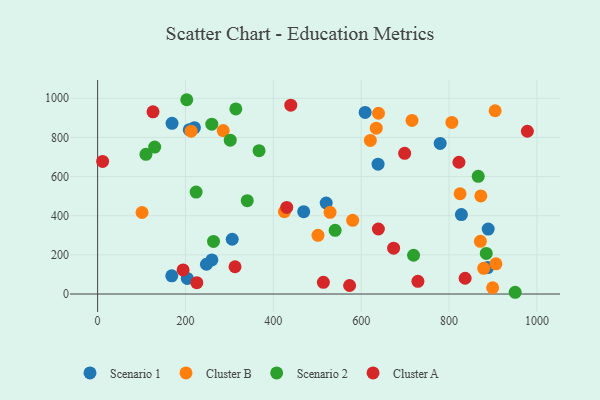
{"axis": {"x": "Experience", "y": "Profit"}, "legend": ["Cluster A", "Cluster B", "Scenario 1", "Scenario 2"], "data": [{"x": "469.1", "y": 420.8, "type": "Scenario 1"}, {"x": "168.8", "y": 92.7, "type": "Scenario 1"}, {"x": "204.1", "y": 79.9, "type": "Scenario 1"}, {"x": "220.4", "y": 849.7, "type": "Scenario 1"}, {"x": "260.1", "y": 174.2, "type": "Scenario 1"}, {"x": "306.4", "y": 279.8, "type": "Scenario 1"}, {"x": "208.6", "y": 839.3, "type": "Scenario 1"}, {"x": "889.1", "y": 332.0, "type": "Scenario 1"}, {"x": "887.8", "y": 135.3, "type": "Scenario 1"}, {"x": "828.1", "y": 405.8, "type": "Scenario 1"}, {"x": "779.8", "y": 769.3, "type": "Scenario 1"}, {"x": "520.3", "y": 465.0, "type": "Scenario 1"}, {"x": "609.0", "y": 927.7, "type": "Scenario 1"}, {"x": "169.4", "y": 872.0, "type": "Scenario 1"}, {"x": "638.4", "y": 663.4, "type": "Scenario 1"}, {"x": "247.7", "y": 152.0, "type": "Scenario 1"}, {"x": "634.3", "y": 847.0, "type": "Cluster B"}, {"x": "620.9", "y": 784.6, "type": "Cluster B"}, {"x": "580.6", "y": 376.3, "type": "Cluster B"}, {"x": "872.3", "y": 501.2, "type": "Cluster B"}, {"x": "639.4", "y": 923.5, "type": "Cluster B"}, {"x": "899.2", "y": 32.1, "type": "Cluster B"}, {"x": "871.3", "y": 269.2, "type": "Cluster B"}, {"x": "906.7", "y": 154.4, "type": "Cluster B"}, {"x": "904.9", "y": 936.2, "type": "Cluster B"}, {"x": "806.4", "y": 876.8, "type": "Cluster B"}, {"x": "425.2", "y": 420.8, "type": "Cluster B"}, {"x": "825.1", "y": 512.3, "type": "Cluster B"}, {"x": "878.9", "y": 131.1, "type": "Cluster B"}, {"x": "529.1", "y": 417.3, "type": "Cluster B"}, {"x": "501.6", "y": 299.9, "type": "Cluster B"}, {"x": "212.9", "y": 832.1, "type": "Cluster B"}, {"x": "285.9", "y": 834.9, "type": "Cluster B"}, {"x": "715.7", "y": 887.0, "type": "Cluster B"}, {"x": "101.1", "y": 416.4, "type": "Cluster B"}, {"x": "540.7", "y": 325.5, "type": "Scenario 2"}, {"x": "340.6", "y": 476.8, "type": "Scenario 2"}, {"x": "259.9", "y": 867.8, "type": "Scenario 2"}, {"x": "263.8", "y": 268.6, "type": "Scenario 2"}, {"x": "301.9", "y": 786.0, "type": "Scenario 2"}, {"x": "884.7", "y": 207.3, "type": "Scenario 2"}, {"x": "367.5", "y": 732.3, "type": "Scenario 2"}, {"x": "314.6", "y": 945.4, "type": "Scenario 2"}, {"x": "129.9", "y": 750.8, "type": "Scenario 2"}, {"x": "950.5", "y": 8.9, "type": "Scenario 2"}, {"x": "110.0", "y": 713.8, "type": "Scenario 2"}, {"x": "719.2", "y": 198.0, "type": "Scenario 2"}, {"x": "866.4", "y": 601.5, "type": "Scenario 2"}, {"x": "224.2", "y": 521.0, "type": "Scenario 2"}, {"x": "202.9", "y": 992.6, "type": "Scenario 2"}, {"x": "225.8", "y": 58.0, "type": "Cluster A"}, {"x": "822.5", "y": 673.1, "type": "Cluster A"}, {"x": "126.1", "y": 931.0, "type": "Cluster A"}, {"x": "698.9", "y": 718.9, "type": "Cluster A"}, {"x": "312.8", "y": 139.4, "type": "Cluster A"}, {"x": "729.1", "y": 64.7, "type": "Cluster A"}, {"x": "439.7", "y": 964.9, "type": "Cluster A"}, {"x": "573.6", "y": 43.6, "type": "Cluster A"}, {"x": "430.5", "y": 442.4, "type": "Cluster A"}, {"x": "513.9", "y": 59.7, "type": "Cluster A"}, {"x": "673.8", "y": 234.1, "type": "Cluster A"}, {"x": "194.6", "y": 123.1, "type": "Cluster A"}, {"x": "978.3", "y": 831.5, "type": "Cluster A"}, {"x": "11.4", "y": 677.4, "type": "Cluster A"}, {"x": "836.6", "y": 80.6, "type": "Cluster A"}, {"x": "639.1", "y": 332.1, "type": "Cluster A"}]}